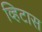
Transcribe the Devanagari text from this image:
व्हिटास